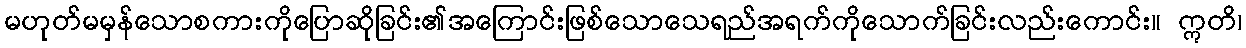
မဟုတ်မမှန်သောစကားကိုပြောဆိုခြင်း၏အကြောင်းဖြစ်သောသေရည်အရက်ကိုသောက်ခြင်းလည်းကောင်း။ ဣတိ၊